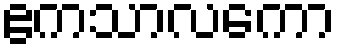
ဧကသာလကော